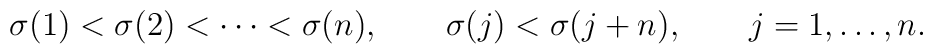
\sigma (1) < \sigma (2) < \cdots < \sigma (n),\qquad \sigma (j) < \sigma (j+n), \qquad j=1,\ldots,n.